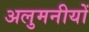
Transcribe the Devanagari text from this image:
अलुमनीयों